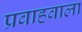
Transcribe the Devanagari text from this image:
प्रवाहवाला